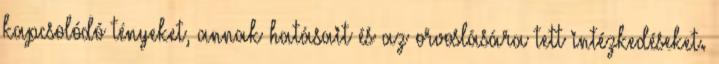
kapcsolódó tényeket, annak hatásait és az orvoslására tett intézkedéseket.